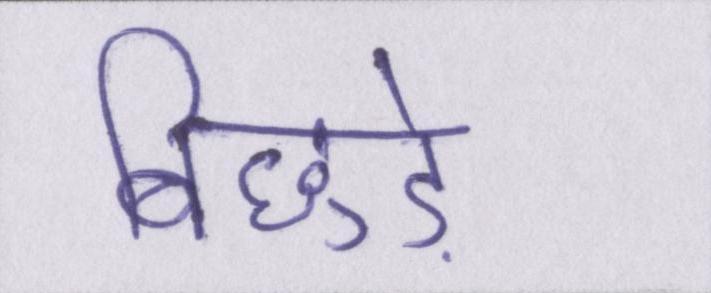
बिछुड़े